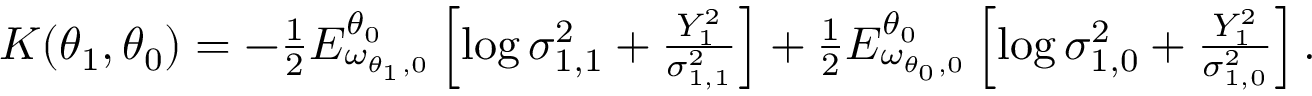
\begin{array} { r } { K ( \theta _ { 1 } , \theta _ { 0 } ) = - \frac { 1 } { 2 } E _ { \omega _ { \theta _ { 1 } , 0 } } ^ { \theta _ { 0 } } \left[ \log \sigma _ { 1 , 1 } ^ { 2 } + \frac { Y _ { 1 } ^ { 2 } } { \sigma _ { 1 , 1 } ^ { 2 } } \right] + \frac { 1 } { 2 } E _ { \omega _ { \theta _ { 0 } , 0 } } ^ { \theta _ { 0 } } \left[ \log \sigma _ { 1 , 0 } ^ { 2 } + \frac { Y _ { 1 } ^ { 2 } } { \sigma _ { 1 , 0 } ^ { 2 } } \right] . } \end{array}